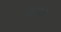
કચર